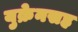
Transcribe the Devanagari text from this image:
युक्रेनसह